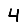
Digit: 4